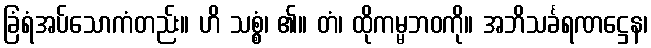
ခြံရံအပ်သောကံတည်း။ ဟိ သစ္စွံ၊ ၏။ တံ၊ ထိုကမ္မဘဝကို။ အဘိသင်္ခရဏဋ္ဌေန၊